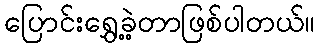
ပြောင်းရွှေ့ခဲ့တာဖြစ်ပါတယ်။